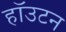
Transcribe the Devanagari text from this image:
हॉउटन